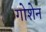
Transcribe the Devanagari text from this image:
गोशेन